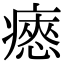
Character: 瘱